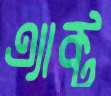
এ্যাক্ট